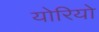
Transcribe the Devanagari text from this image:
योरियो